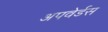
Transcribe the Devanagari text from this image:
अपवेर्डस